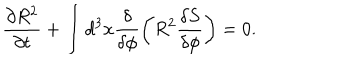
\frac { \partial R ^ { 2 } } { \partial t } + \int d ^ { 3 } x \frac { \delta } { \delta \phi } \left( R ^ { 2 } \frac { \delta S } { \delta \phi } \right) = 0 .